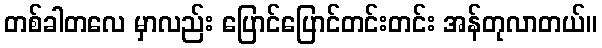
တစ်ခါတလေ မှာလည်း ပြောင်ပြောင်တင်းတင်း အန်တုလာတယ်။